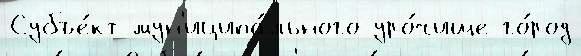
Субъе́кт мун'иципа́льного уро́чище го́род